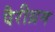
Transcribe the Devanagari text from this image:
पैरीथ्रम